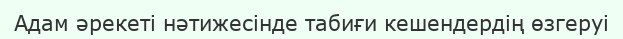
Адам әрекеті нәтижесінде табиғи кешендердің өзгеруі